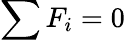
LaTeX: \sum F_{i}=0